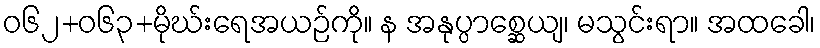
ဝ၆၂+၀၆၃+မိုဃ်းရေအယဉ်ကို။ န အနုပ္ပာစ္ဆေယျ၊ မသွင်းရာ။ အထခေါ၊